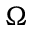
\Omega